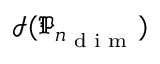
\mathcal { I } ( \mathfrak { P } _ { n _ { \textup { d i m } } } )